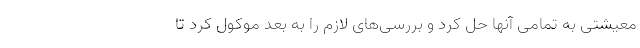
معیشتی به تمامی آنها حل کرد و بررسی‌های لازم را به بعد موکول کرد تا